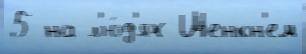
5 на л'ю́д'ях Шенкн'ем